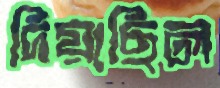
দিয়াছিল